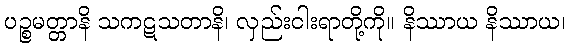
ပဉ္စမတ္တာနိ သကဋသတာနိ၊ လှည်းငါးရာတို့ကို။ နိဿာယ နိဿာယ၊